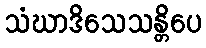
သံဃာဒိသေသန္တိပေ